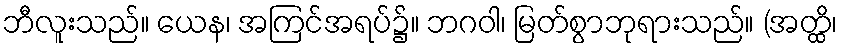
ဘီလူးသည်။ ယေန၊ အကြင်အရပ်၌။ ဘဂဝါ၊ မြတ်စွာဘုရားသည်။ (အတ္ထိ၊